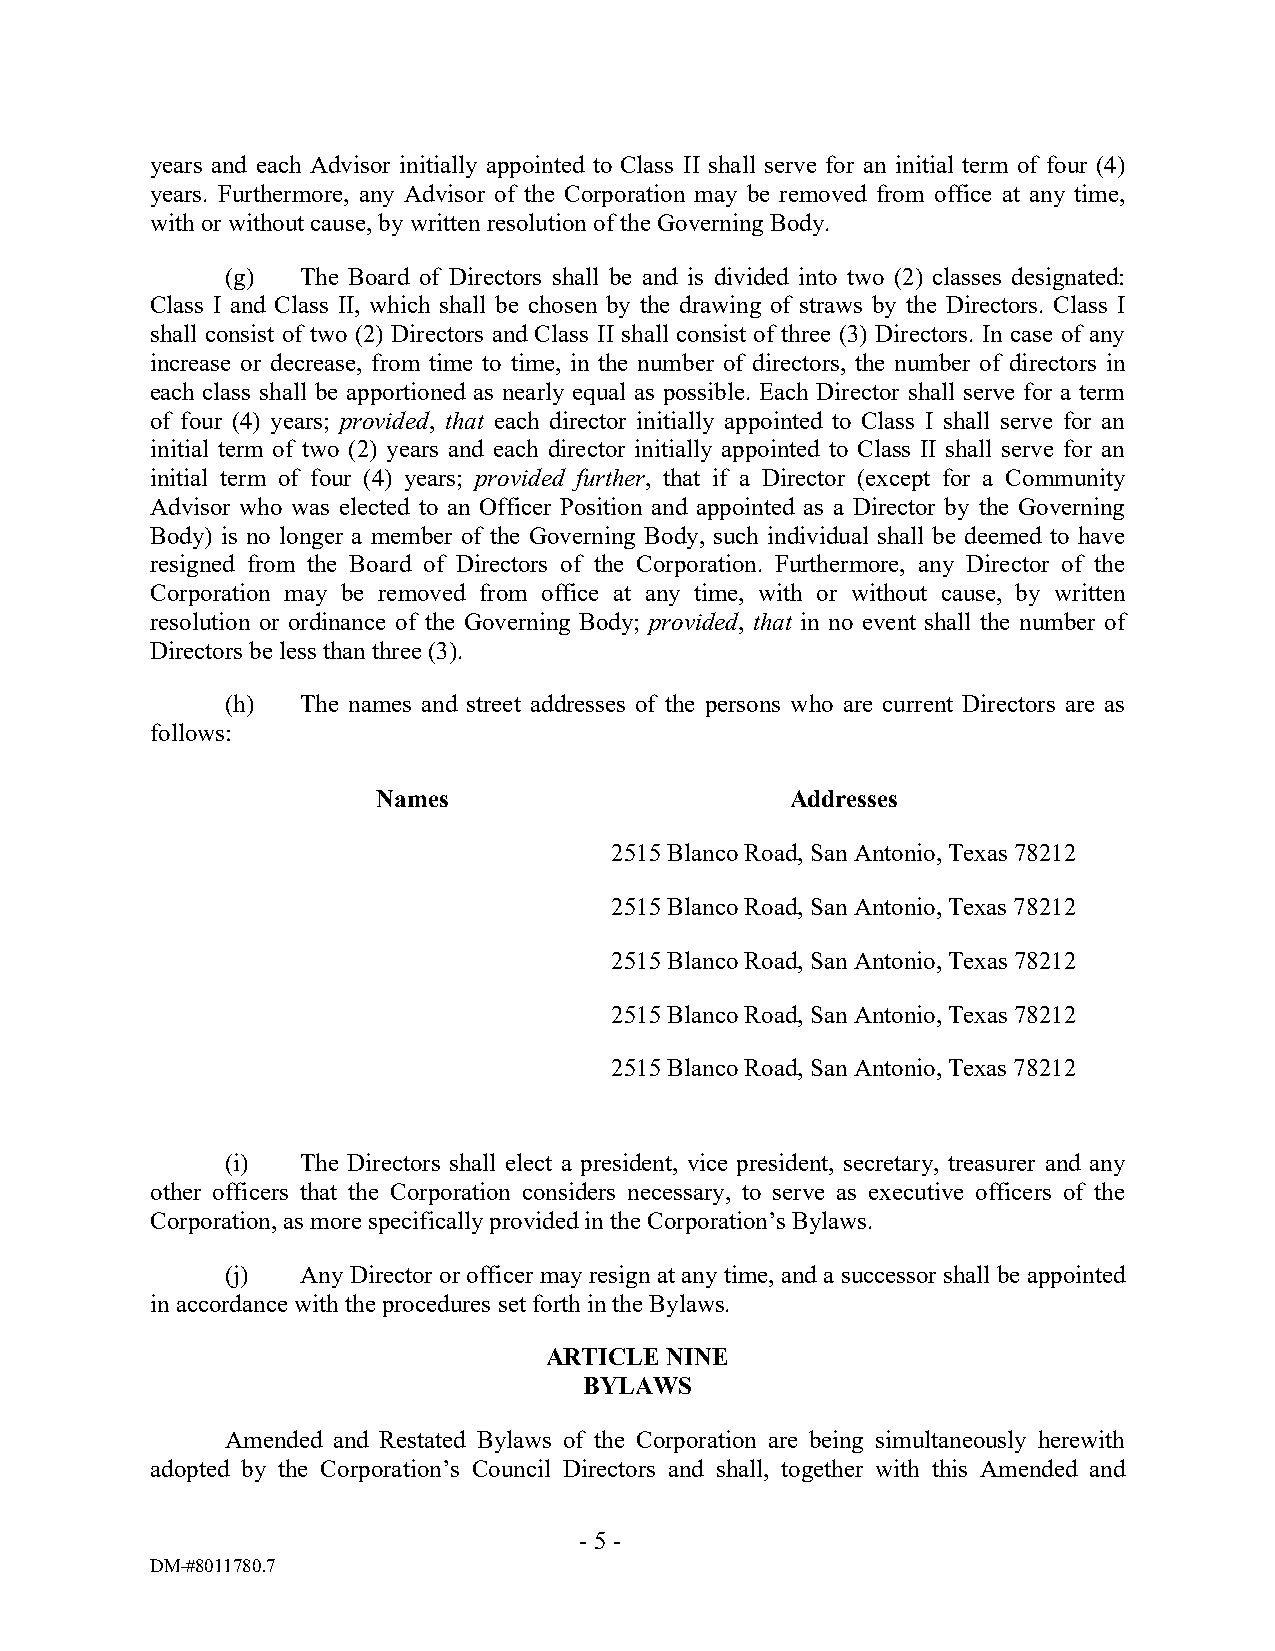
years and each Advisor initially appointed to Class II shall serve for an initial term of four (4)
 years. Furthermore, any Advisor of the Corporation may be removed from office at any time,
 with or without cause, by written resolution of the Governing Body.
 (g)  The Board of Directors shall be and is divided into two (2) classes designated:
 Class I and Class II, which shall be chosen by the drawing of straws by the Directors. Class I
 shall consist of two (2) Directors and Class II shall consist of three (3) Directors. In case of any
 increase or decrease, from time to time, in the number of directors, the number of directors in
 each class shall be apportioned as nearly equal as possible. Each Director shall serve for a term
 of four (4) years; provided, that each director initially appointed to Class I shall serve for an
 initial term of two (2) years and each director initially appointed to Class II shall serve for an
 initial term of four (4) years; provided further, that if a Director (except for a Community
 Advisor who was elected to an Officer Position and appointed as a Director by the Governing
 Body) is no longer a member of the Governing Body, such individual shall be deemed to have
 resigned from the Board of Directors of the Corporation. Furthermore, any Director of the
 Corporation may be removed from office at any time, with or without cause, by written
 resolution or ordinance of the Governing Body; provided, that in no event shall the number of
 Directors be less than three (3).
 (h)  The names and street addresses of the persons who are current Directors are as
 follows:
 Names                      Addresses
 2515 Blanco Road, San Antonio, Texas 78212
 2515 Blanco Road, San Antonio, Texas 78212
 2515 Blanco Road, San Antonio, Texas 78212
 2515 Blanco Road, San Antonio, Texas 78212
 2515 Blanco Road, San Antonio, Texas 78212
 (i)  The Directors shall elect a president, vice president, secretary, treasurer and any
 other officers that the Corporation considers necessary, to serve as executive officers of the
 Corporation, as more specifically provided in the Corporation’s Bylaws.
 (j)  Any Director or officer may resign at any time, and a successor shall be appointed
 in accordance with the procedures set forth in the Bylaws.
 ARTICLE NINE
 BYLAWS
 Amended and Restated Bylaws of the Corporation are being simultaneously herewith
 adopted by the Corporation’s Council Directors and shall, together with this Amended and
 - 5 -
 DM-#8011780.7